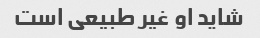
شاید او غیر طبیعی است